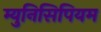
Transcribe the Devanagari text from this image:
म्युनिसिपियम